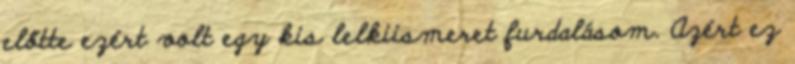
előtte ezért volt egy kis lelkiismeret furdalásom. Azért ez